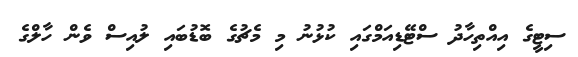
ސިޓީގެ އިއްތިހާދު ސްޓޭޑިއަމްގައި ކުޅުނު މި މެޗުގެ ބޮޑުބައި ލުއިސް ވެން ހާލްގެ